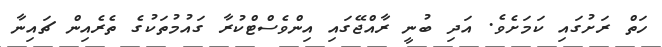
ހަތް ރަށުގައި ކަމަށެވެ. އަދި ބުނީ ރާއްޖޭގައި އިންވެސްޓްކުރާ ގައުމުތަކުގެ ތެރެއިން ޗައިނާ